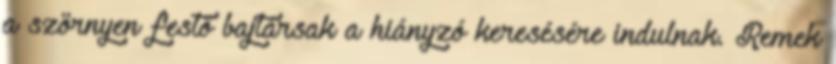
a szörnyen festő bajtársak a hiányzó keresésére indulnak. Remek